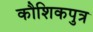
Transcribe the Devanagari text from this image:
कौशिकपुत्र